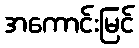
အကောင်းမြင်